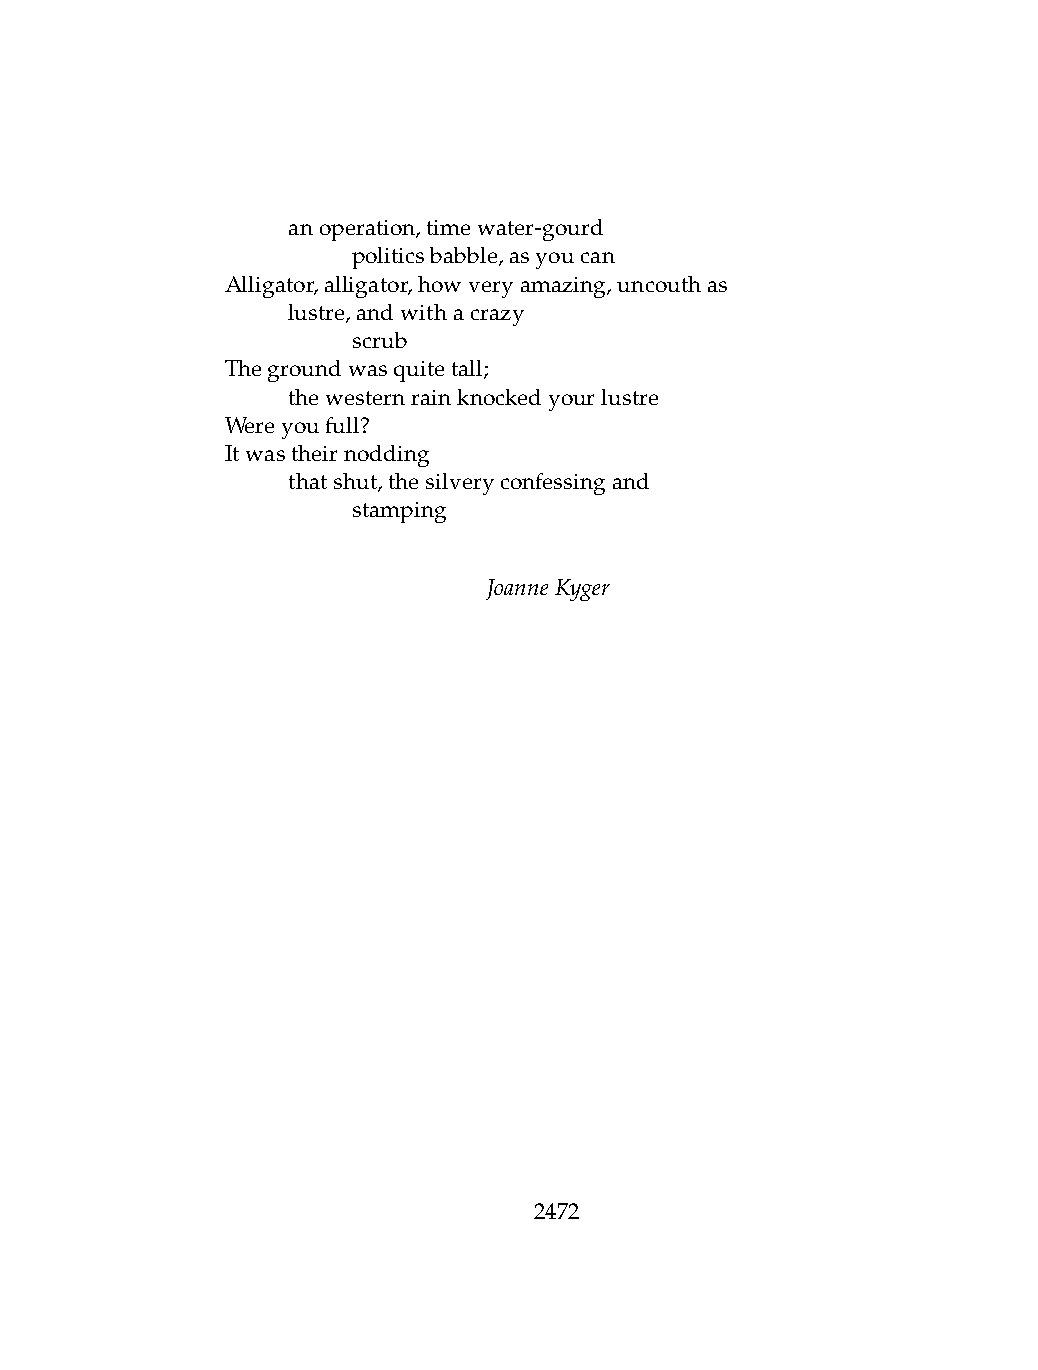
.   anoperation,timewater-gourd
 .   .   politicsbabble,asyoucan
 Alligator,alligator,howveryamazing,uncouthas
 .   lustre,andwithacrazy
 .   .   scrub
 Thegroundwasquitetall;
 .   thewesternrainknockedyourlustre
 Wereyoufull?
 Itwastheirnodding
 .   thatshut,thesilveryconfessingand
 .   .   stamping
 JoanneKyger
 2472